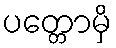
ပတ္တောမှိ